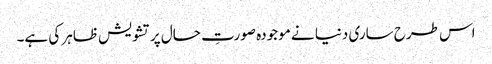
اس طرح ساری دنیا نے موجودہ صورتِ حال پر تشویش ظاہر کی ہے۔